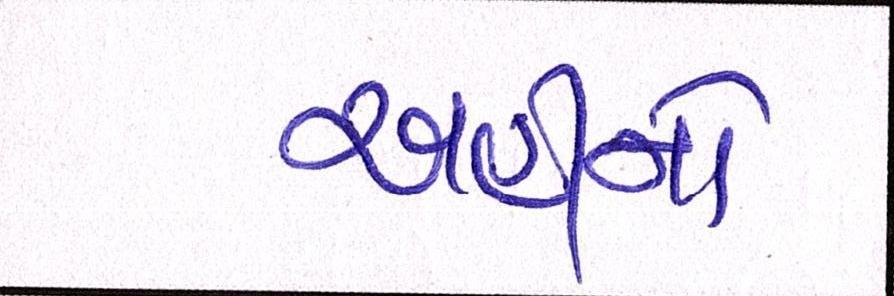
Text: અહીંનો